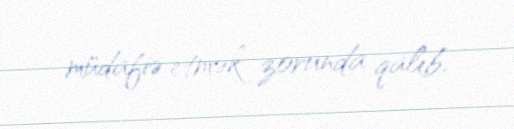
müdafiə etmək zorunda qalıb.